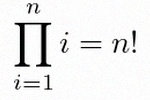
\prod_{i=1}^{n}i=n!